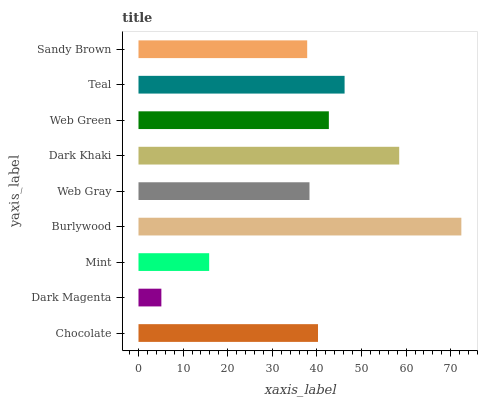
| yaxis_label | bars |
 | --- | --- |
 | Chocolate | 40.2 |
 | Dark Magenta | 5.13 |
 | Mint | 15.8 |
 | Burlywood | 72.4 |
 | Web Gray | 38.3 |
 | Dark Khaki | 58.4 |
 | Web Green | 42.7 |
 | Teal | 46.2 |
 | Sandy Brown | 37.8 |